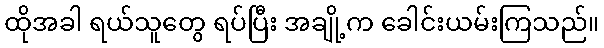
ထိုအခါ ရယ်သူတွေ ရပ်ပြီး အချို့က ခေါင်းယမ်းကြသည်။